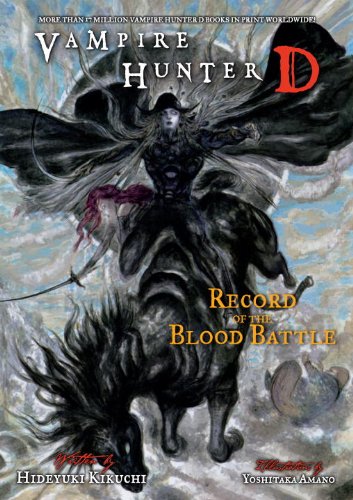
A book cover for Vampire Hunter D Volume 21; Hideyuki Kikuchi; Science Fiction & Fantasy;